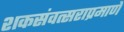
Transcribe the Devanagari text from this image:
शकसंवत्सराप्रमाणे